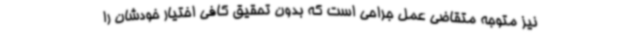
نیز متوجه متقاضی عمل جراحی است که بدون تحقیق کافی اختیار خودشان را